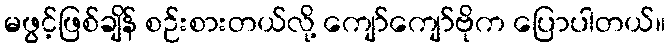
မဖွင့်ဖြစ်ချိန် စဉ်းစားတယ်လို့ ကျော်ကျော်ဗိုက ပြောပါတယ်။